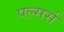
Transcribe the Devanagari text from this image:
पल्सर्स